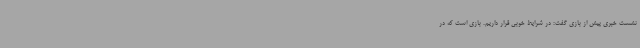
نشست خبری پیش از بازی گفت: در شرایط خوبی قرار داریم. بازی است که در